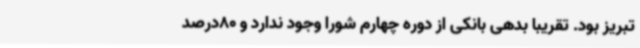
تبریز بود. تقریبا بدهی بانکی از دوره چهارم شورا وجود ندارد و 80‌درصد